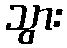
သွား